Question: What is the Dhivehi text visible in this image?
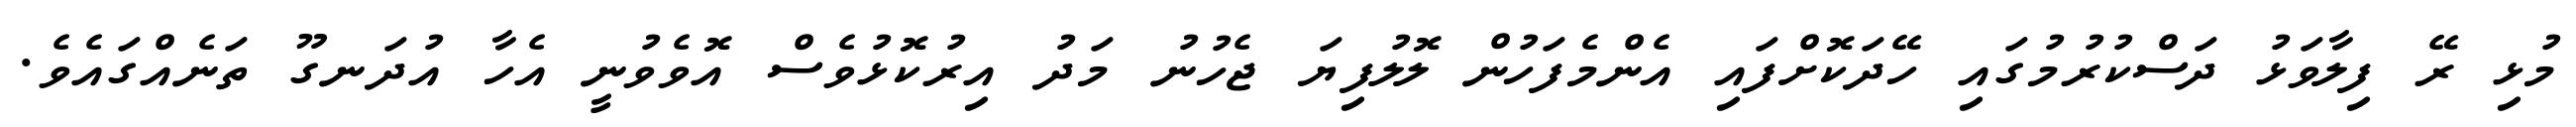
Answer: މުޅި ރޭ ފިލާވަޅު ދަސްކުރުމުގައި ހޭދަކޮށްފައި އެންމެފަހުން ލޮލުފިޔަ ޖެހުނު މަދު އިރުކޮޅުވެސް އޮވެވުނީ އެހާ އުދަނގޫ ތަނެއްގައެވެ.